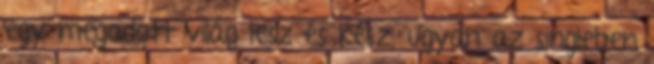
egy megadott világ lesz és kész, ugyan az singleben